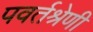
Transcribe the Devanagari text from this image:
पवर्तश्रेणी